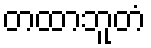
တထာဘူတံ